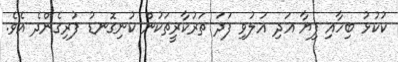
ކުކުޅު ބިހާއި ފިޔާ އަދި އަލުވި ފަދަ ތަރުކާރީތަކުން ކުނިގޮނޑު ފުރިގެންދެ އެވެ.